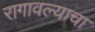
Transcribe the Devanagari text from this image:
रागावल्याचा